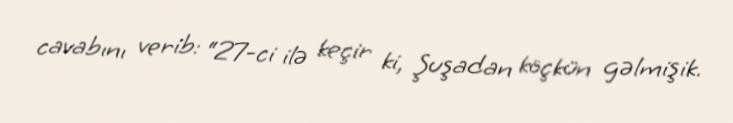
cavabını verib: “27-ci ilə keçir ki, Şuşadan köçkün gəlmişik.